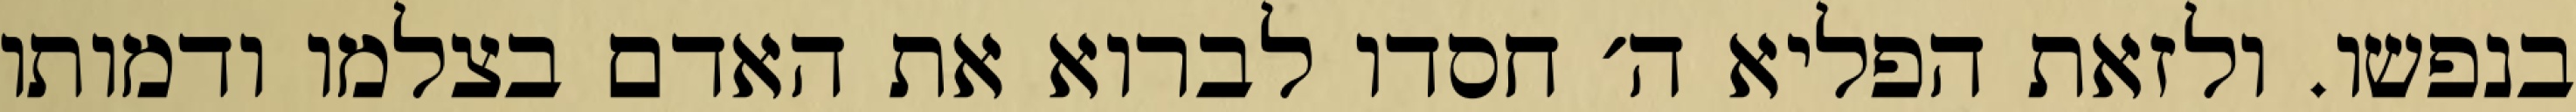
בנפשו. ולזאת הפליא ה׳ חסדו לברוא את האדם בצלמו ודמותו